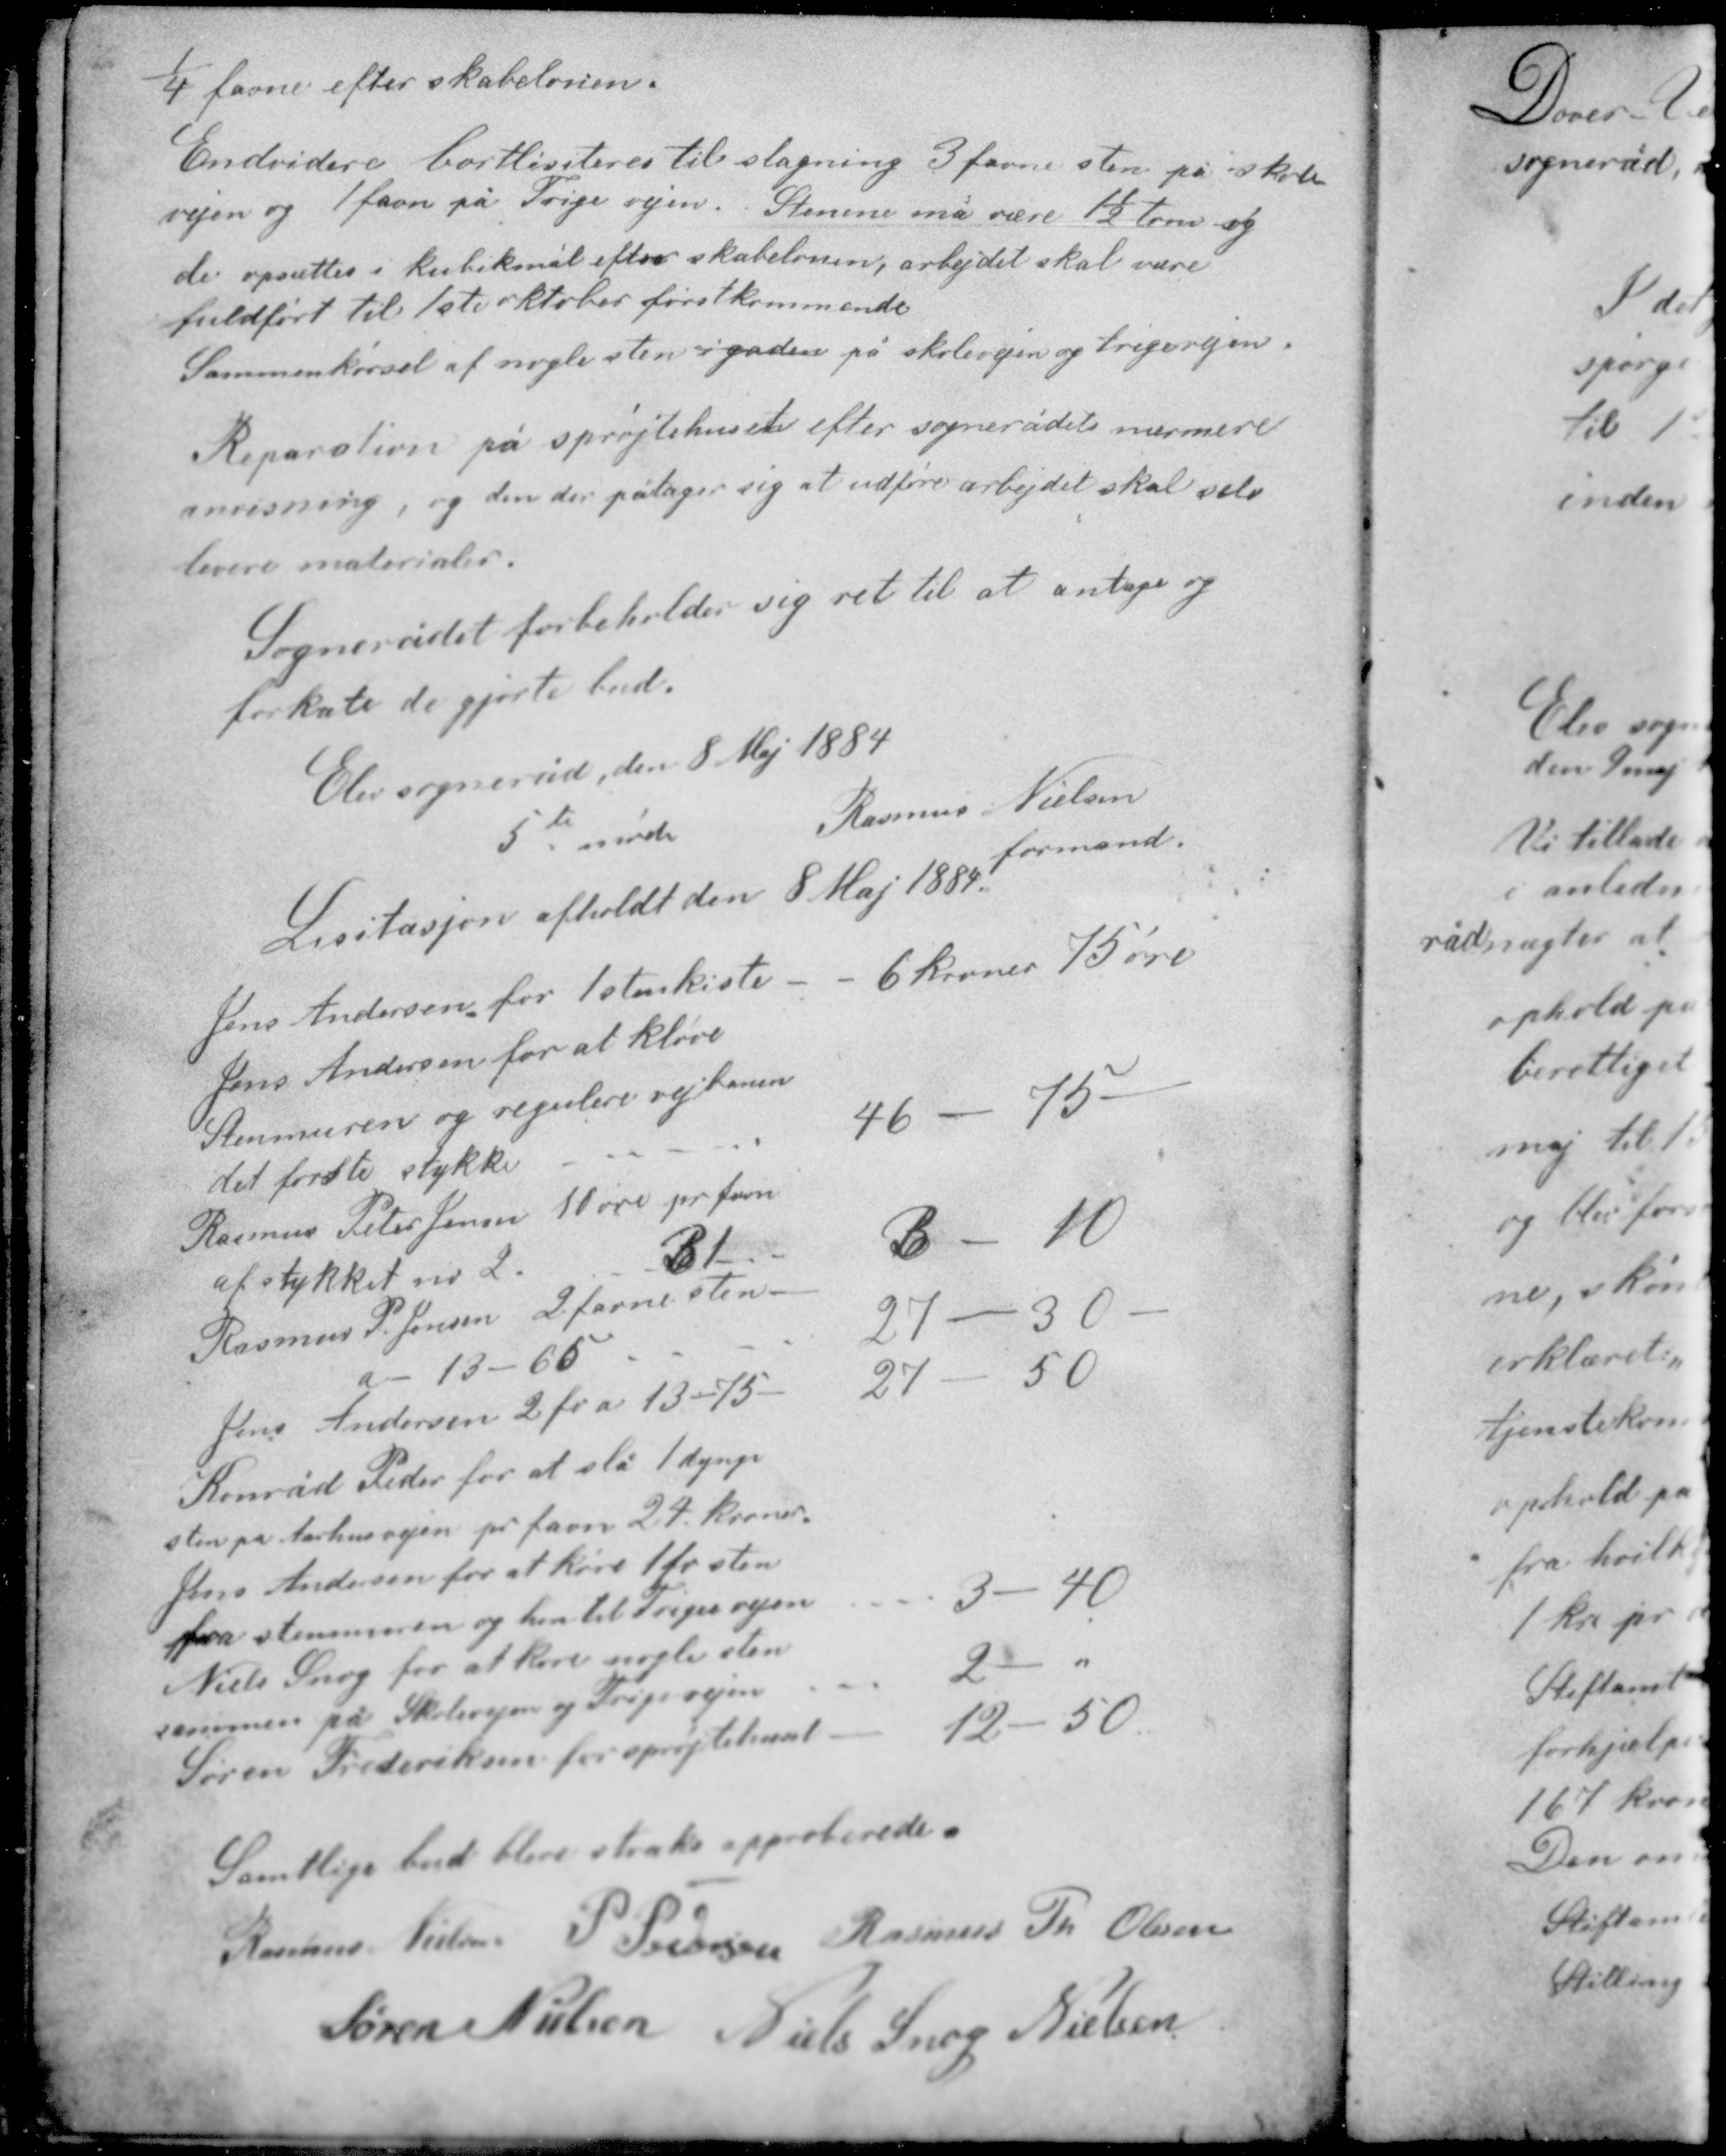
Transskription:
¼ favne efter skabelonen.
Endvidere bortliciteres tilslagning 3 favne sten på skole-
vejen og 1 favn på Trige vejen. Stenene må være 1½ tom og
de opsættes i kubikmål efter skabelonen, arbejdet skal være
fuldført til 1ste oktober førstkommende.
Sammenkørsel af nogle sten i gaden på skolevejen og trigevejen.

Reparation på sprøjtehuset efter sognerådets nærmere
anvisning, og den der påtager sig at udføre arbejdet skal selv
levere materialer.
Sognerådet forbeholder sig ret til at antage og
forkaste de gjorte bud.

Elev sogneråd den 8 Maj 1884
Rasmus Nielsen
5te møde

formand

Licitasjon afholdt den 8 maj 1884

Jens Andersen for 1 stenkiste - 6 kroner 75 øre
Jens Andersen for at kløve
Stenmuren og regulere vejbanen
det første stykke 46 - 75 -
Rasmus Peter Jensen 10 øre pr favn
af stykket nr 2 31 3 - 10
Rasmus P Jensen 2 favne sten
a - 13 - 65 - 27 - 30 -
Jens Andersen 2 fv a 13 - 75 - 27 - 50

Konrad Peder for at slå 1 dynge
sten på Aarhusvejen pr favn 24 kroner
Jens Andersen for at køre 1 fv sten
fra stenmuren og hen til Trigevejen - 3 - 40
Niels Snog for at køre nogle sten
sammen på Skolevejen og Trigevejen 2 - "
Søren Frederiksen for sprøjtehuset 12 - 50

Samtlige bud bleve straks approberede.
Rasmus Nielsen P. Pedersen Rasmus Th Olesen
Søren Nielsen Niels Snog Nielsen